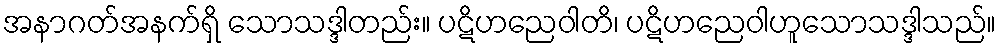
အနာဂတ်အနက်ရှိ သောသဒ္ဒါတည်း။ ပဋိဟညေဝါတိ၊ ပဋိဟညေဝါဟူသောသဒ္ဒါသည်။